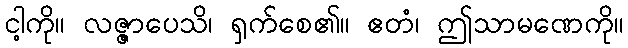
ငါ့ကို။ လဇ္ဇာပေသိ၊ ရှက်စေ၏။ ဧတံ၊ ဤသာမဏေကို။